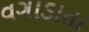
વગાડાતા